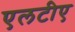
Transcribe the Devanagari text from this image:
एलटीए